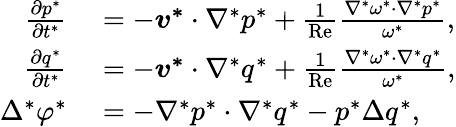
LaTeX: \begin{array}{rl}{\frac{\partial p^{*}}{\partial t^{*}}}&{{}=-\boldsymbol{v^{*}}\cdot\nabla^{*}p^{*}+\frac{1}{\mathrm{Re}}\frac{\nabla^{*}\omega^{*}\cdot\nabla^{*}p^{*}}{\omega^{*}},}\\ {\frac{\partial q^{*}}{\partial t^{*}}}&{{}=-\boldsymbol{v^{*}}\cdot\nabla^{*}q^{*}+\frac{1}{\mathrm{Re}}\frac{\nabla^{*}\omega^{*}\cdot\nabla^{*}q^{*}}{\omega^{*}},}\\ {\Delta^{*}\varphi^{*}}&{{}=-\nabla^{*}p^{*}\cdot\nabla^{*}q^{*}-p^{*}\Delta q^{*},}\end{array}